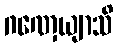
ဂဏှေယျာသိ